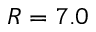
R = 7 . 0